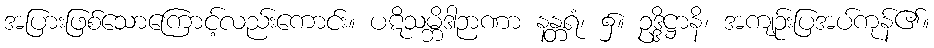
အပြားဖြစ်သောကြောင့်လည်းကောင်း။ ပဋိသမ္ဘိဒါဉာဏာ နန္တရံ၊ ၌။ ဥဒ္ဒိဋ္ဌာနိ၊ အကျဉ်းပြအပ်ကုန်၏။